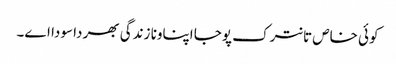
کوئی خاص تانترک پوجا اپناونا زندگی بھر دا سودا اے۔